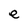
Character: e